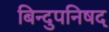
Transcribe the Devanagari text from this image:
बिन्दुपनिषद्